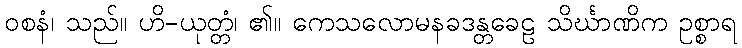
ဝစနံ၊ သည်။ ဟိ-ယုတ္တံ၊ ၏။ ကေသလောမနခဒန္တခေဠ သိင်္ဃာဏိက ဥစ္စာရ